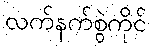
လက်နက်စွဲကိုင်